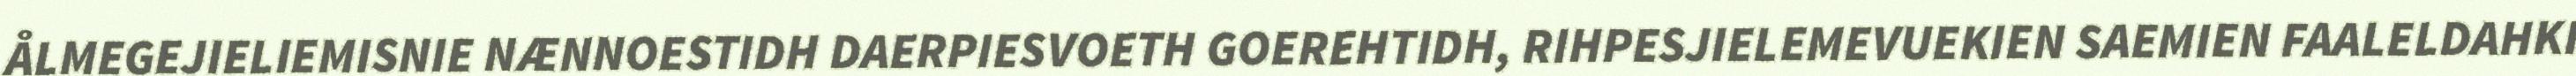
ÅLMEGEJIELIEMISNIE NÆNNOESTIDH DAERPIESVOETH GOEREHTIDH, RIHPESJIELEMEVUEKIEN SAEMIEN FAALELDAHKI